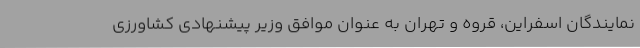
نمایندگان اسفراین، قروه و تهران به عنوان موافق وزیر پیشنهادی کشاورزی